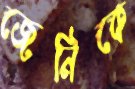
জেনিকে